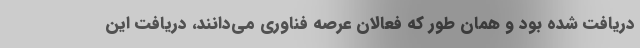
دریافت شده بود و همان طور که فعالان عرصه فناوری می‌دانند، دریافت این